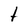
Character: t